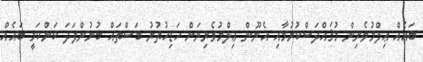
ބައެއް ޢިލްމުވެރިން މުޤައްދަސްކުރުމާއި އެނޫން ޢިލްމުވެރިނަށް ހަޑިހުތުރު ބަސްތައް ބުނުންފަދަ ކަންކަމީ ބައެއް